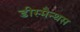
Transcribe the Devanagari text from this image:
डीस्मैन्थस